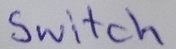
Text: Switch